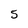
Character: 5